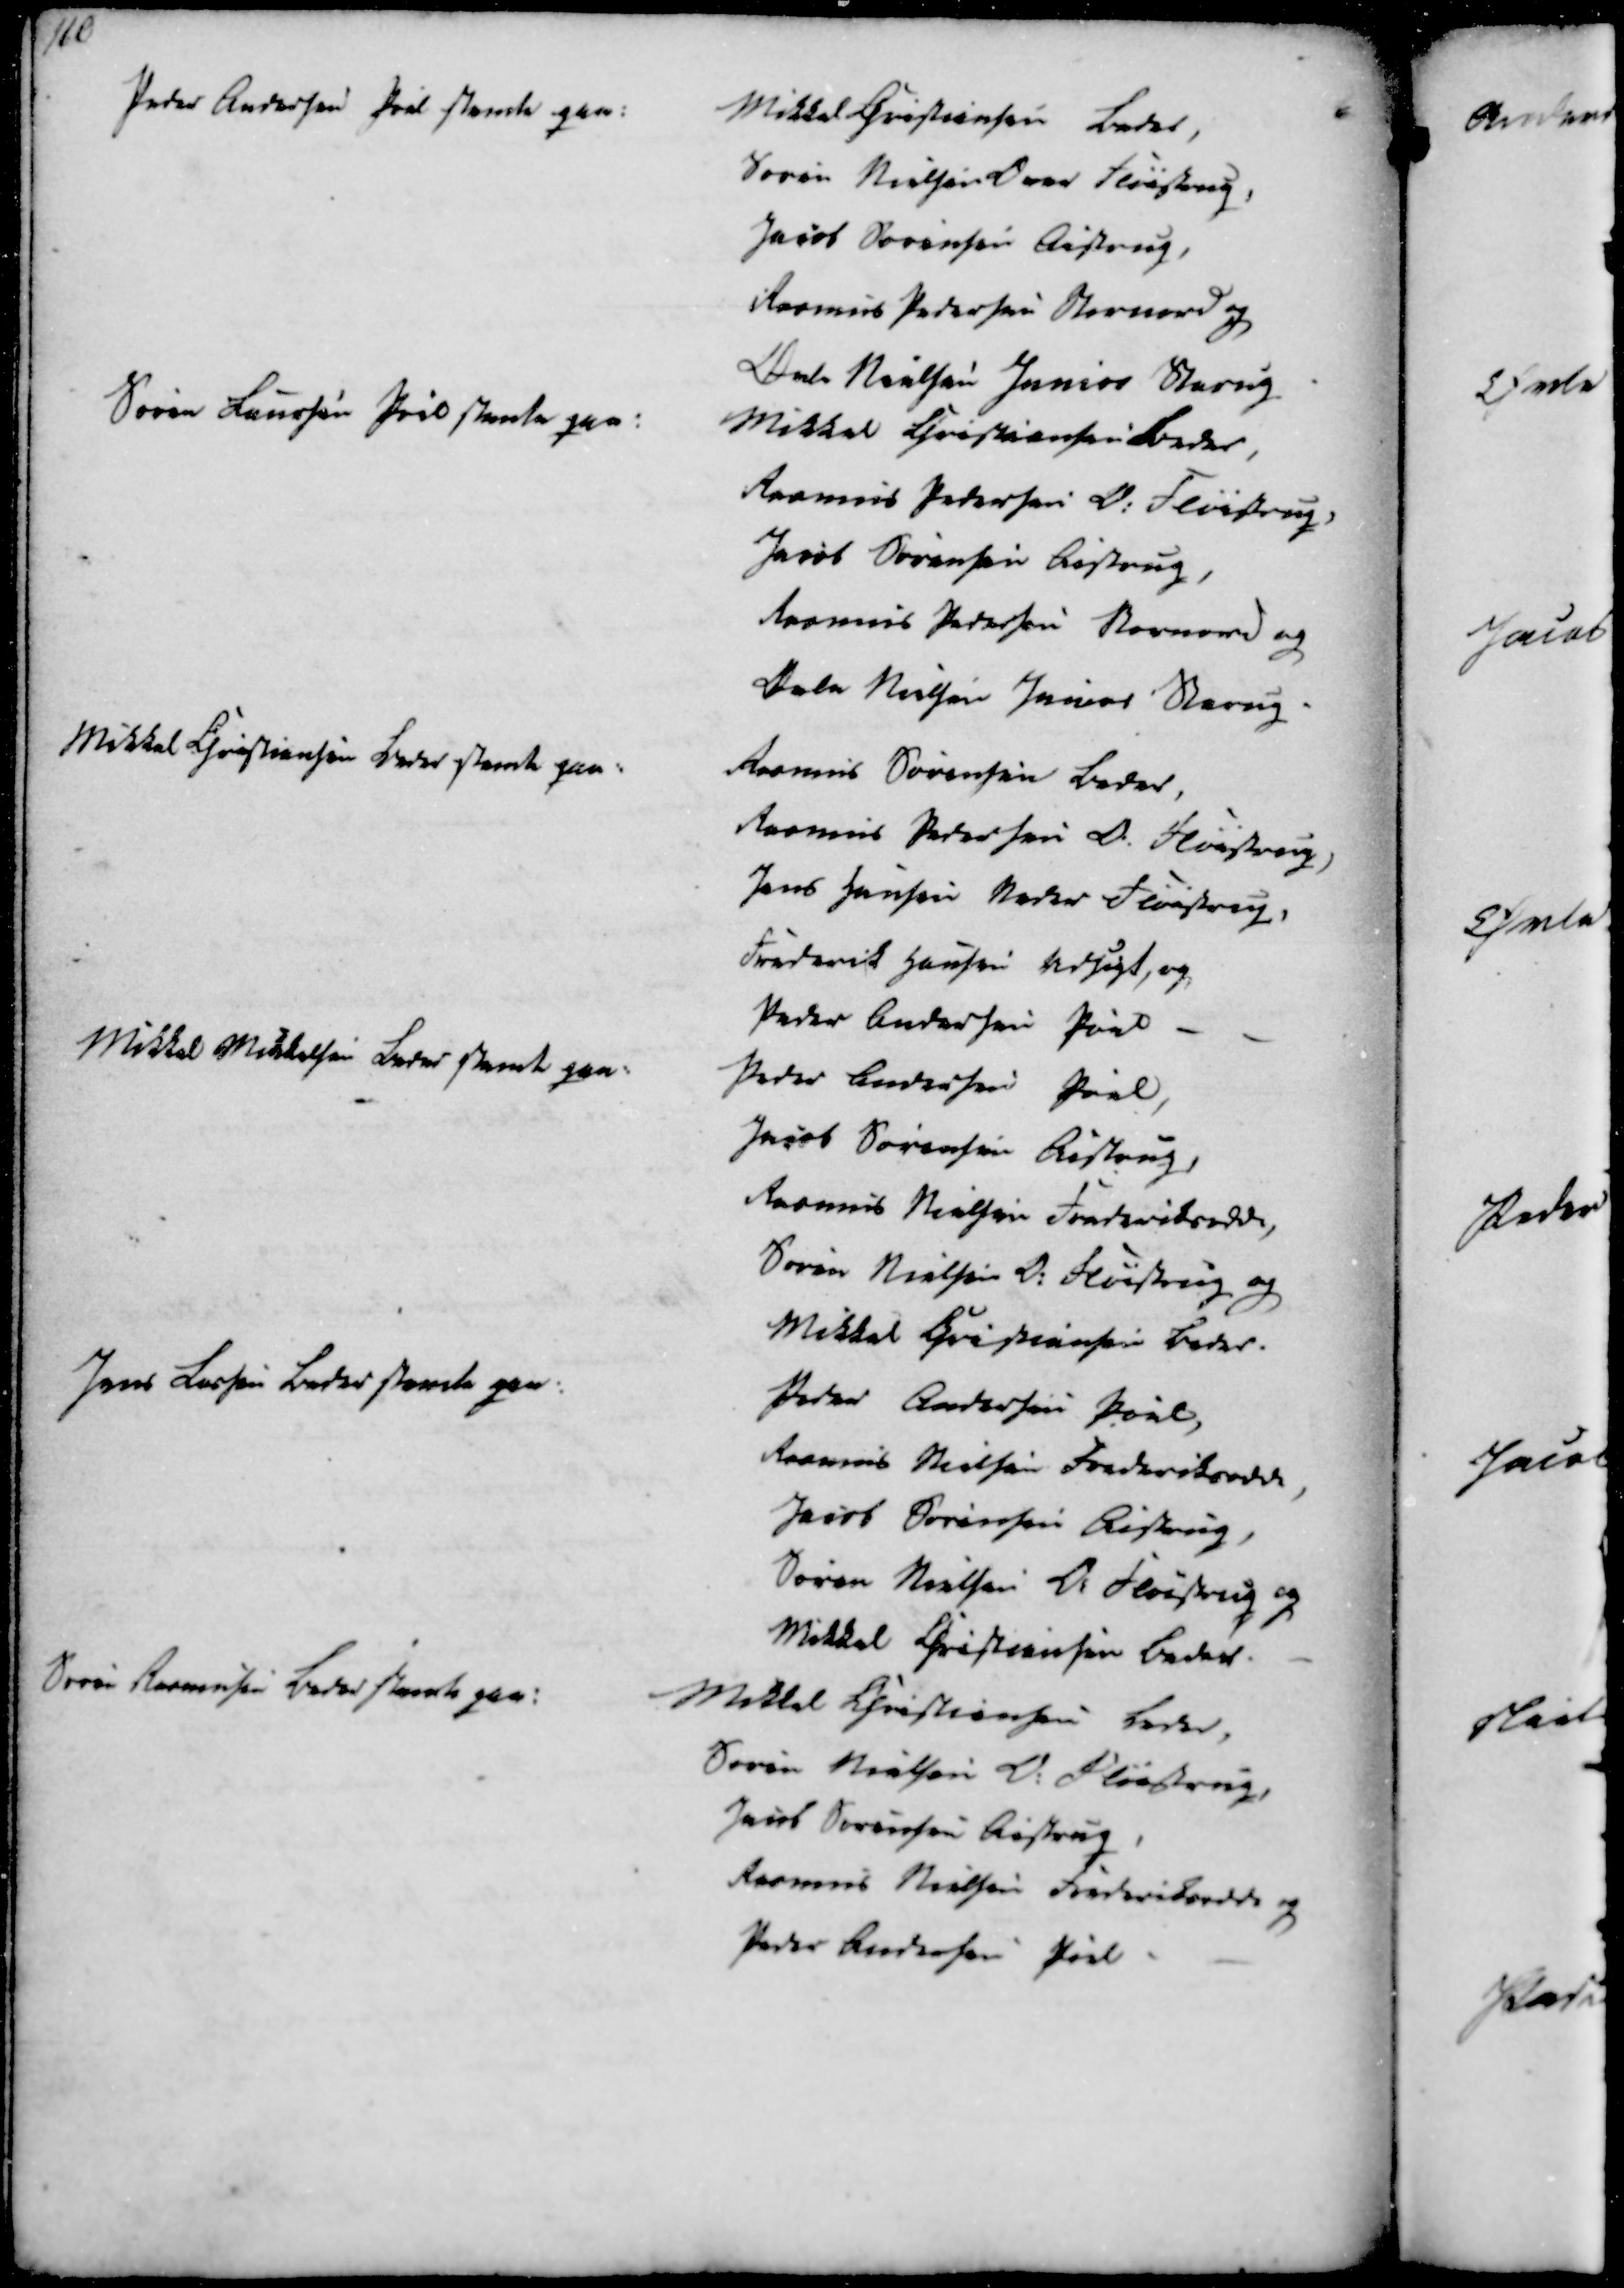
Transskription:
Peder Andersen Pøel stemte paa:
Mikkel Christiansen Beder,
Søren Nielsen Over Fløistrup
Jacob Sørensen Aistrup,
Rasmus Pedersen Stornord og
Øvle Nielsen Junior Starup
Søren Laursen Prio stemte paa:
Mikkel Christiansen Beder,
Rasmus Pedersen O. Fløistrup,
Jacob Sørensen Aistrup,
Rasmus Pedersen Stornord og
Øvle Nielsen Junior Starup
Mikkel Christiansen Beder stemte paa:
Rasmus Sørensen Beder,
Rasmus Pedersen O. Fløistrup
Jens Hansen Neder Fløistrup,
Frederik Hansen Vedsigt, og
Peder Andersen Pøel

Mikkel Mikkelsen Beder stemte paa:
Peder Andersen Pøel,
Jacob Sørensen Aistrup,
Rasmus Nielsen Frederiksodde,
Søren Nielsen O. Fløistrup og
Mikkel Christiansen Beder.
Jens Larsen Beder stemte paa:
Peder Andersen Pøel,
Rasmus Nielsen Frederiksodde
Jacob Sørensen Aistrup,
Søren Nielsen O. Fløistrup og
Mikkel Christiansen Beder.
Søren Rasmussen Beder stemte paa:
Mikkel Christiansen Beder,
Søren Nielsen O. Fløistrup,
Jacob Sørensen Aistrup,
Rasmus Nielsen Frederiksodde og
Peder Andersen Pøel